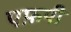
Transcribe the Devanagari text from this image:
एफ़पी